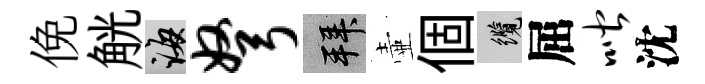
俛觥誨弩拜壷個纜屈喈沈